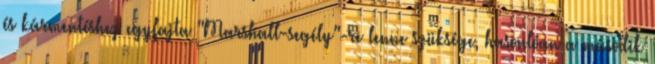
és kármentéshez egyfajta "Marshall-segély"-re lenne szüksége, hasonlóan a második